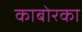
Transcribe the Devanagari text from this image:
काबोरका